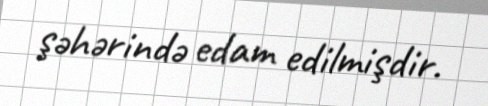
şəhərində edam edilmişdir.